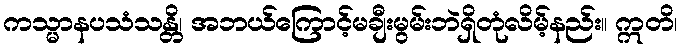
ကသ္မာနပသံသန္တိ၊ အဘယ်ကြောင့်မချီးမွမ်းဘဲရှိတုံလိမ့်နည်း။ ဣတိ၊